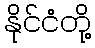
နိုင်ငံတို့